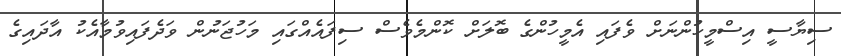
ސިޔާސީ އިސްމީހުންނަށް ވެފައި އެމީހުންގެ ބޮލަށް ކޮންމެވެސް ސިފައެއްގައި މަހުޖަނުން ވަދެފައިވުމާއެކު އާދައިގެ